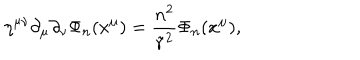
\eta ^ { \mu \nu } \partial _ { \mu } \partial _ { \nu } \Phi _ { n } ( x ^ { \mu } ) = \frac { n ^ { 2 } } { { \tilde { r } } ^ { 2 } } \Phi _ { n } ( x ^ { \mu } ) ,